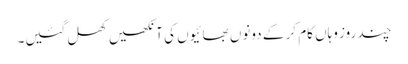
چند روز وہاں کام کر کے دونوں بھائیوں کی آنکھیں کھل گئیں۔